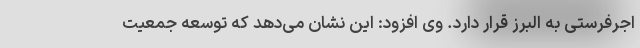
اجرفرستی به البرز قرار دارد. وی افزود: این نشان می‌دهد که توسعه جمعیت